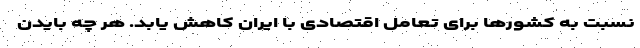
نسبت به کشورها برای تعامل اقتصادی با ایران کاهش یابد. هر چه بایدن